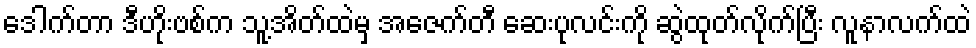
ဒေါက်တာ ဒီဟိုးဗစ်က သူ့အိတ်ထဲမှ အေဇက်တီ ဆေးပုလင်းကို ဆွဲထုတ်လိုက်ပြီး လူနာလက်ထဲ